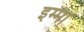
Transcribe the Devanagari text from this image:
इम्मा